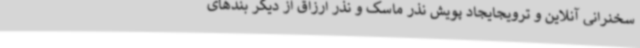
سخنرانی آنلاین و ترویجایجاد پویش نذر ماسک و نذر ارزاق از دیگر بندهای